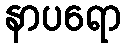
နာပရော